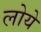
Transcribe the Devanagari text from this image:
लोये